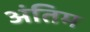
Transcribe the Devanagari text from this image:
अंंतिम